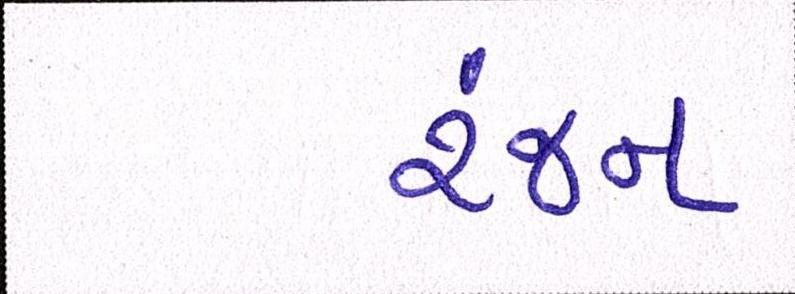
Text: રંજન